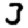
Digit: 3